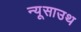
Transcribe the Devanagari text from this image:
न्यूसाउथ